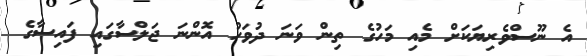
އެ ނޫސްވެރިޔަކަށް މެއި މަހުގެ ތިން ވަނަ ދުވަހު އޮންނަ ޖަލްސާގައި ފައިސާގެ